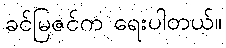
ခင်မြဇင်က ရေးပါတယ်။